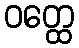
ဝတ္ထေ